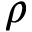
\rho